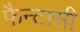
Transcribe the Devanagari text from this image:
फैन्टासी